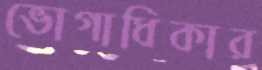
ভোগাধিকার